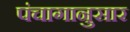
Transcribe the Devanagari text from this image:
पंंचागानुसार